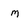
Character: m